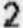
2